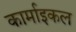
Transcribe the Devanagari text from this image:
कार्माइकल